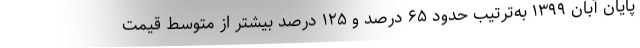
پایان آبان ۱۳۹۹ به‌ترتیب حدود ۶۵ درصد و ۱۲۵ درصد بیشتر از متوسط قیمت